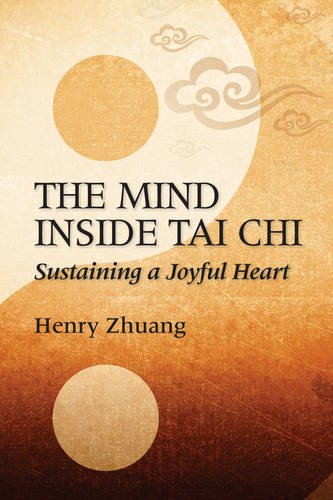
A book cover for The Mind Inside Tai Chi Chuan: Sustaining a Joyful Heart; Henry Yinghao Zhuang; Health, Fitness & Dieting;